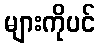
များကိုပင်